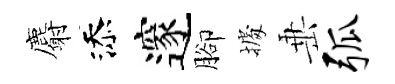
麝添邃腳𢴃𡸁弧